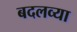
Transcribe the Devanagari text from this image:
बदलव्या